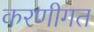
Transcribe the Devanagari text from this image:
करणीगत